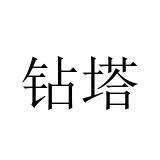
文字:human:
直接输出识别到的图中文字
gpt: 钻塔